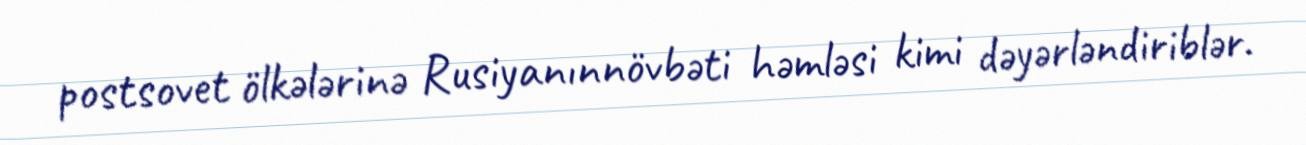
postsovet ölkələrinə Rusiyanınnövbəti həmləsi kimi dəyərləndiriblər.